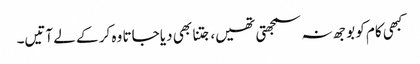
کبھی کام کو بوجھ نہ سمجھتی تھیں، جتنا بھی دیا جاتا وہ کر کے لے آتیں۔